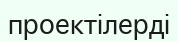
проектілерді